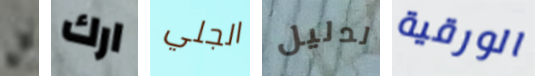
بن ارك الجلي لدليل الورقية